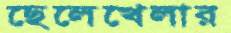
ছেলেখেলার